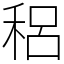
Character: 稆